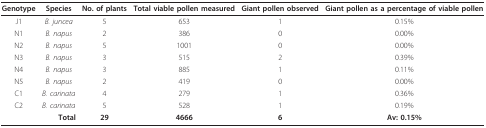
<table><thead><tr><td><b>Genotype</b></td><td><b>Species</b></td><td><b>No. of plants</b></td><td><b>Total viable pollen measured</b></td><td><b>Giant pollen observed</b></td><td><b>Giant pollen as a percentage of viable pollen</b></td></tr></thead><tbody><tr><td>J1</td><td><i>B. juncea</i></td><td>5</td><td>653</td><td>1</td><td>0.15%</td></tr><tr><td>N1</td><td><i>B. napus</i></td><td>2</td><td>386</td><td>0</td><td>0.00%</td></tr><tr><td>N2</td><td><i>B. napus</i></td><td>5</td><td>1001</td><td>0</td><td>0.00%</td></tr><tr><td>N3</td><td><i>B. napus</i></td><td>3</td><td>515</td><td>2</td><td>0.39%</td></tr><tr><td>N4</td><td><i>B. napus</i></td><td>3</td><td>885</td><td>1</td><td>0.11%</td></tr><tr><td>N5</td><td><i>B. napus</i></td><td>2</td><td>419</td><td>0</td><td>0.00%</td></tr><tr><td>C1</td><td><i>B. carinata</i></td><td>4</td><td>279</td><td>1</td><td>0.36%</td></tr><tr><td>C2</td><td><i>B. carinata</i></td><td>5</td><td>528</td><td>1</td><td>0.19%</td></tr><tr><td></td><td><b>Total</b></td><td><b>29</b></td><td><b>4666</b></td><td><b>6</b></td><td><b>Av: 0.15%</b></td></tr></tbody></table>